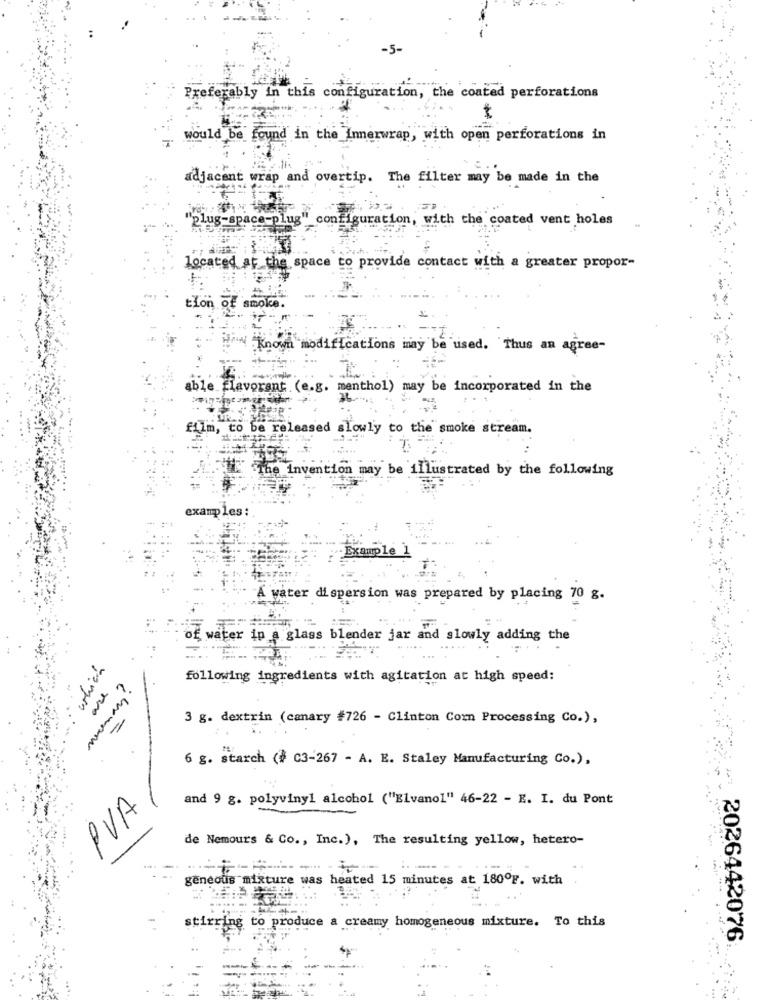
-5-
Preferably in this configuration, the coated perforations
would be found in the Ine
wrap, with open perforations in
adjacent wrap and overtip. The filter may be made in the
plug-space-plug" configuration, with the coated vent holes
ated at the space to provide contact with a greater propor-
tion
of smoke.
.Known modifications may be used. Thus an agree-
Flavorant (e.g. menthol) may be incorporated in the
film, to be released slowly to the smoke stream.
if The Invention may be illustrated by the following
examples :
Example 1
A water dispersion was prepared by placing 70 g.
of water in a glass blender jar and slowly adding the
following ingredients with agitation at high speed:
3 g. dextrin (canary #726 - Clinton Corn Processing Co.),
=
6 g. starch (# C3-267 - A. E. Staley Manufacturing Co.),
and 9 g. polyvinyl alcohol ("Elvanol" 46-22 - E. I. du Pont
PVA
de Nemours & Co ., Inc.), The resulting yellow, hetero-
geneous mixture was heated 15 minutes at 180ºF. with
ing to produce a creamy homogeneous mixture. To this
stir
: 2026442076